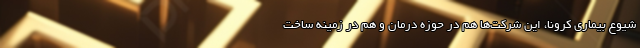
شیوع بیماری کرونا، این شرکت‌ها هم در حوزه درمان و هم در زمینه ساخت